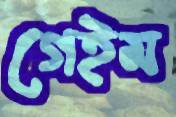
গেইম